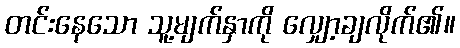
တင်းနေသော သူ့မျက်နှာကို လျှော့ချလိုက်၏။